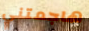
هاجمتني